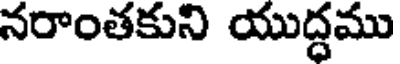
నరాంతకుని యుద్ధము